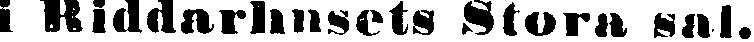
i Riddarhusets Stora sal.